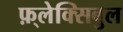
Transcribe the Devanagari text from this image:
फ़्लेक्सिबुल